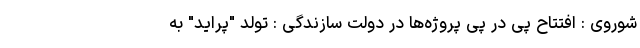
شوروی : افتتاح پی در پی پروژه‌ها در دولت سازندگی : تولد "پراید" به